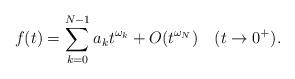
LaTeX: \begin{align*}f(t)=\sum_{k=0}^{N-1} a_kt^{\omega_k}+O(t^{\omega_{N}})\ \ \ (t\rightarrow0^+).\end{align*}